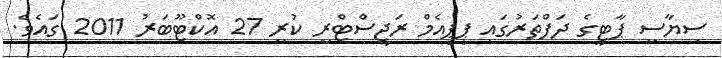
ސިޔާސީ ޕާޓީގެ ދަފްތަރުގައި ޕީޕީއެމް ރަޖިސްޓްރީ ކުރީ 27 އޮކްޓޫބަރު 2011 ގައެވެ.